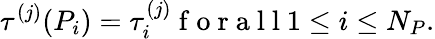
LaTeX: \tau^{(j)}(P_{i})=\tau_{i}^{(j)}\mathrm{~f~o~r~a~l~l~}1\leq i\leq N_{P}.